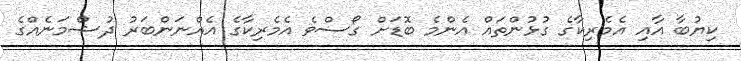
ކިޔުބާ އާއި އެމެރިކާގެ ގުޅުންތައް އެންމެ ބޮޑަށް ގޯސްވެ އެމެރިކާގެ އެއްނަންބަރު ދުޝްމަނެއްގެ